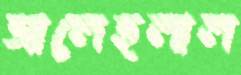
আলেহলাল